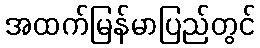
အထက်မြန်မာပြည်တွင်